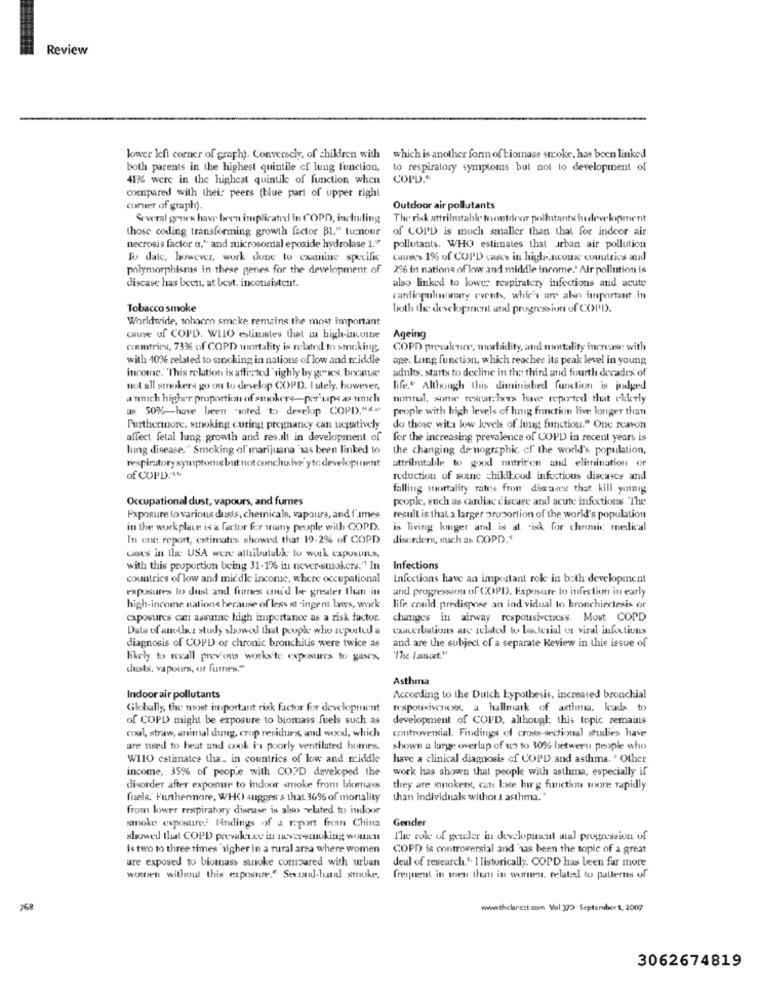
Review
lower left corner of graph). Conversely, of children with
which is another form of biomass smoke, has been linked
both parents in the highest quintile cf lung function,
to respiratory symptoms but not to development of
41% were in the highest quintile of function when
COPD.º
compared with their peers (blue part of upper right
comer of graph).
Outdoor air pollutants
&wral gones have been implicated in COPD, including
The risk attrilmtable toontdear pollutants indew lopment
those coding transforming growth factor Bl," turnour
of COPD is much smaller than that for indoor air
necrosis factor a," and microsomal epoxide hydrolase 1.""
pollutants. WHO estimates that urban air pollution
lo dale, however, work done to examine specific
causes 1% of COPD cases in high-income countries and
polymorphisme in these genes for the development of
2% in nations of low and middle income.' Air pollution is
discase has been, at best. inconsistent.
also linked to lower respiratory infections and acute
cardinpulmonary events, whic's are alen important in
Tobacco smoke
both the development and progression of COPD.
Worldwide, tobacco smoke remains the most important
cause of COPD. WLIO estimates that in high-income
Ageing
commtrics, 73% of COPD mortality is related to smoking.
COPD prevalenine, morbidity, and mortality increase with
with 10% related to sincking in nations of low and middle
age. Lung function, which reaches its peak level in young
income."This relation is affected 'sighly by gries. because
adults, starts to decline in the third and fourth decades of
nol all smokers go on to develop COPD. Istely, however,
life." Although this diminished functiem in jouelgeend
a unich higher proportion of smokere-por ups as unich
nontul, some rewardxes have reported that ekkerly
as 50%-have been soted to develop COPI)."*"
people with high levels of lung function live longer than
Furthermore, smoking curing pregnancy can ucgatively
do those wit low levels of lung function." One reason
affect fetal lung growth and res.ilt in development of for the increasing prevalence of COPD in recent years is
lung disease." Smoking of marijuana 'sas been linked to
the changing de nographic. of the world's population,
respiratory symptoms but not conchuive yto developinent
attributable to good nutrit'en and elimination of
of COPD.1%
reduction of scane chiklbood infectious diseases and
falling mortality rates from discales that kill yomig
Occupational dust, vapours, and fumes
people, such as cardiac ciscase and acute infections "The
Exposure to various dusts, chemicals, vapours, and f imes
result is that a larger proportion of the world's population
in the workplace is a factor for many people with COPD.
is living kager and is at risk for chronic medical
In one report, estimates showed that 19.2% of COPD
disorder, mach an COPD.1
uees in the USA were allibutalk to work capusuis,
with this proportion being 31-1% in never-smokers." In
Infections
countries of low and middle income, where occupational
Infections have an important role in both development
exposures to dust and furmees conu'd be greater than in
and progression of COPD. Exposure to infection in early
high-income nations because of less st-ingent laws, work
life could predispose an ind vidual to bronchieclesis or
caposures can assure high importance as a risk factor.
changes in airway responsiveness. Most COPD
Data of another study showed that poupk who reported a
cxanerbations are schod w boe terial ot viral inforlions
and are the subject of a separate Keview in this issue of
diagnosis of COPD or chronic bronchitis were twice as
likely to nxall previous works'te exposures to gases,
dusts, vapours, or fumes."
Asthma
Indoor air pollutants
According to the Dutch hypothesis, increased bronchial
Globally the most important risk factor for development
responsiveaicox, a hallmark of asthma. leads to
of COPD might be exposure to biomass fuels such as
development of COPD, although: this topic remains
cool, straw, animal dung, crop residues, and wood, which
controversial. Findings of cross-sectional studies have
are need to heat and cook ins poorly ventilated homes.
shown a large overlap of us to 30% between people who
W110 estimates that, in countries of low and middle
have a clinical diagnosis of COPD and asthma. ' Other
income, 35% of people with COPD developed the
work has shown that people with asthma, especially if
disorder after exposure to indoor smoke from biomass
they are mnokers, can lose hurg function more rapidly
fuels. Furthermore, WHO) sugges's that 36% of mortality
than individuals without asthma."
from lower respiratory disease is also Ylated to indoor
Gender
smoke exposure Findings of a report from China
showed that COPD prevalence in uver-smoking; woun
The role of gender in development and progression of
is two to three times 'sigher in a rural arsa where women
COPD is controversial and 'nas been the topic of a great
are exposed to biomass stroke compared with urban
deal of research.". I listorically. COPD has been far more
women without this exposure." Sexsaid-hand smoke, frequent, in men theos in worms, relatal to patterns of
768
www.thelarest.com Viel 309 September 1, 2007
3062674819